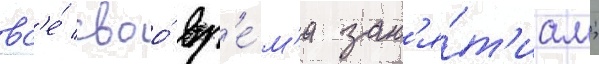
вс'е́ своо́ вр'е́м'я зан'я́т'иам;